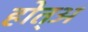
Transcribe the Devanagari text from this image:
होत्अ